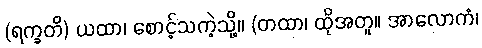
(ရက္ခတိ) ယထာ၊ စောင့်သကဲ့သို့။ (တထာ၊ ထိုအတူ။ အာလောကံ၊